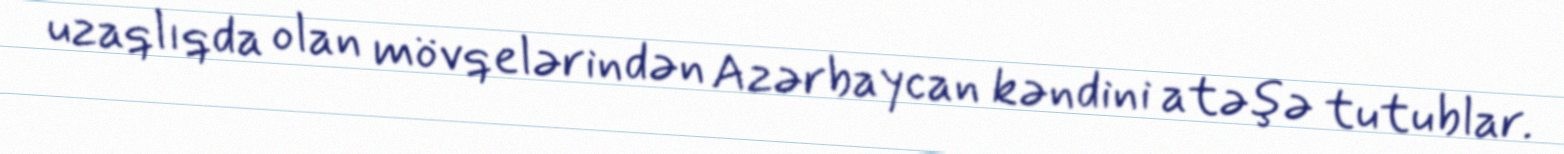
uzaqlıqda olan mövqelərindən Azərbaycan kəndini atəşə tutublar.